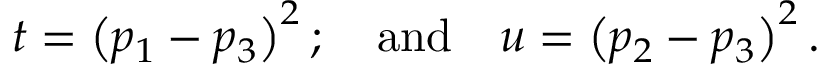
t = \left( p _ { 1 } - p _ { 3 } \right) ^ { 2 } ; \quad \mathrm { a n d } \quad u = \left( p _ { 2 } - p _ { 3 } \right) ^ { 2 } .